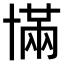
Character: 𫧥